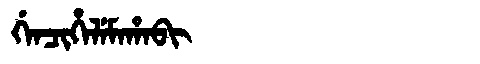
Manchu: ᡤᡝᠨᠴᡳᡥᡝᠯᡝᠮᠠᡥᠠᠪᡳ
Romanization: GENCIHELEMAHABI